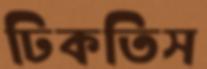
ঢিকতিস